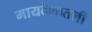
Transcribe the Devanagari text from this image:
मायदेशातली